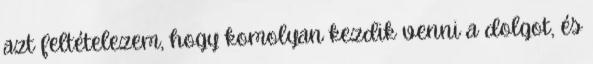
azt feltételezem, hogy komolyan kezdik venni a dolgot, és